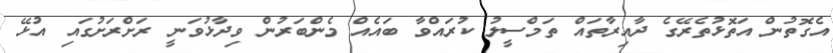
އެގޮތުން އަތޮޅުތެރޭގެ ދާއިރާތައް ތަމްސީލު ކުރައްވާ ބައެއް މެންބަރުން ވިދާޅުވަނީ ރަށްރަށުގައި އުޅޭ